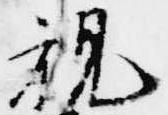
親